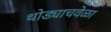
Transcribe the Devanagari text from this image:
थोड्याचवेळा